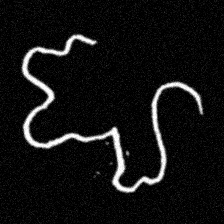
Pyu character \u2014 Myanmar letter: ဈ (romanized: jha)